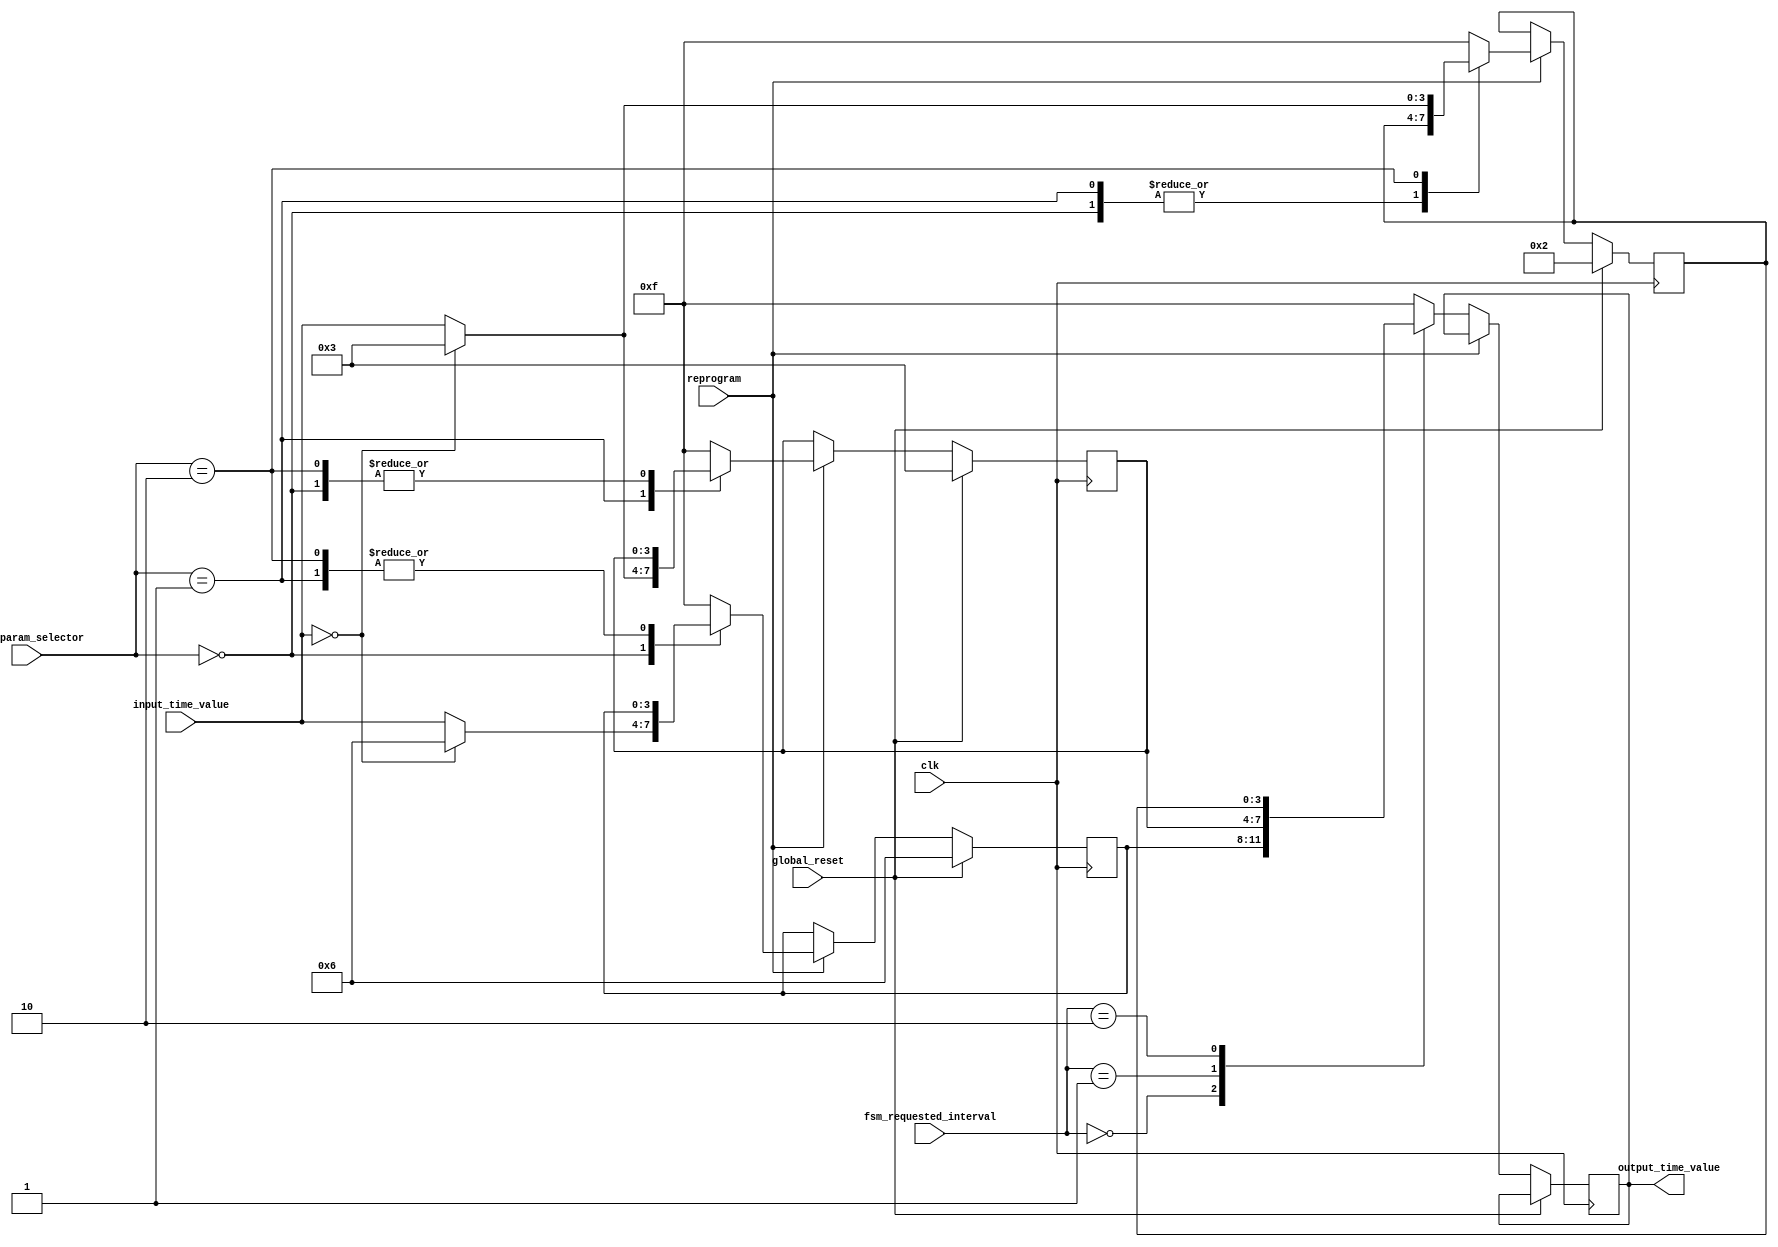
`timescale 1ns / 1ps
//////////////////////////////////////////////////////////////////////////////////
// Company: 
// Engineer: 
// 
// Design Name: 
// Module Name:    TimeParameters 
// Project Name: 
// Target Devices: 
// Tool versions: 
// Description: 
//
// Dependencies: 
//
// Revision: 
// Revision 0.01 - File Created
// Additional Comments: 
//
//////////////////////////////////////////////////////////////////////////////////
module TimeParameters( clk, global_reset, time_param_selector, input_time_value, reprogram, fsm_requested_interval, 
	output_time_value);
	input clk, reprogram, global_reset;
	input[1:0] time_param_selector, fsm_requested_interval;
	input[3:0] input_time_value; 
	
	output[3:0] output_time_value;
	
	//defining parameters for default selector values and time intervals
	parameter BASE_INTERVAL_SELECTOR = 2'b00;
	parameter EXTENDED_INTERVAL_SELECTOR = 2'b01;
	parameter YELLOW_INTERVAL_SELECTOR = 2'b10;
	
	parameter DEFAULT_BASE_INTERVAL = 4'b0110;
	parameter DEFAULT_EXTENDED_INTERVAL = 4'b0011;
	parameter DEFAULT_YELLOW_INTERVAL = 4'b0010;
	
	parameter MAX_TIME_VALUE = 4'b1111;
	
	reg[3:0] base_time_interval = DEFAULT_BASE_INTERVAL;
	reg[3:0] extended_time_interval = DEFAULT_EXTENDED_INTERVAL;
	reg[3:0] yellow_time_interval = DEFAULT_YELLOW_INTERVAL;
	reg[3:0] output_time_value;
	
	always @ (posedge clk)
	begin
		if (global_reset)
		begin
			base_time_interval = DEFAULT_BASE_INTERVAL;
			extended_time_interval = DEFAULT_EXTENDED_INTERVAL;
			yellow_time_interval = DEFAULT_YELLOW_INTERVAL;
		end
		else if (reprogram)
		begin
			case(time_param_selector)
				BASE_INTERVAL_SELECTOR : base_time_interval = (input_time_value == 4'b0000) ? DEFAULT_BASE_INTERVAL : input_time_value;
				EXTENDED_INTERVAL_SELECTOR : extended_time_interval = (input_time_value == 4'b0000) ? DEFAULT_EXTENDED_INTERVAL : input_time_value;
				YELLOW_INTERVAL_SELECTOR : yellow_time_interval = (input_time_value == 4'b0000) ? DEFAULT_EXTENDED_INTERVAL : input_time_value;
				default: // assigning maximum value for each register
				begin
				base_time_interval = MAX_TIME_VALUE;
				extended_time_interval = MAX_TIME_VALUE;
				yellow_time_interval = MAX_TIME_VALUE;
				end
			endcase
		end
		else
		begin
		case(fsm_requested_interval)
			BASE_INTERVAL_SELECTOR : output_time_value = base_time_interval;
			EXTENDED_INTERVAL_SELECTOR : output_time_value = extended_time_interval;
			YELLOW_INTERVAL_SELECTOR : output_time_value = yellow_time_interval;
			default:
			begin
			output_time_value = MAX_TIME_VALUE;
			end
		endcase
		end
	end

endmodule